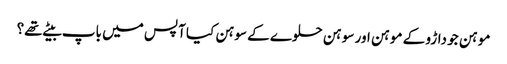
موہن جو داڑو کے موہن اور سوہن حلوے کے سوہن کیا آپس میں باپ بیٹے تھے؟